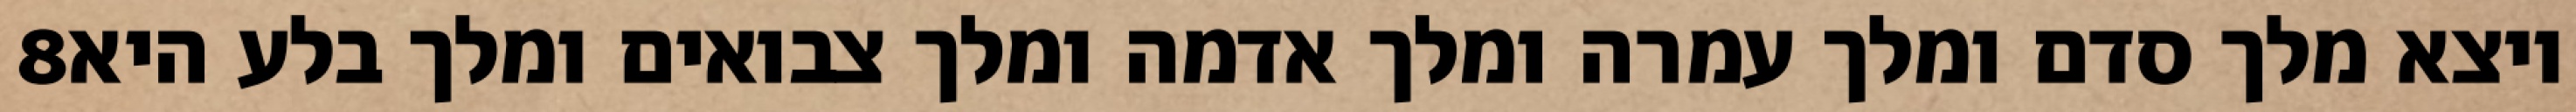
‎8‏ ויצא מלך סדם ומלך עמרה ומלך אדמה ומלך צבואים ומלך בלע היא